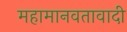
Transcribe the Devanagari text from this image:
महामानवतावादी